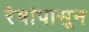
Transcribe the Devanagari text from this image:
रेषांपासून